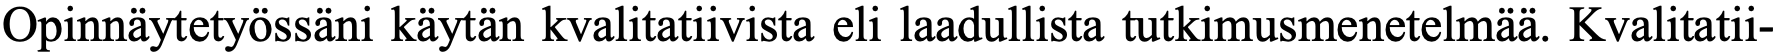
Opinnäytetyössäni käytän kvalitatiivista eli laadullista tutkimusmenetelmää. Kvalitatii-